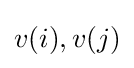
v(i),v(j)